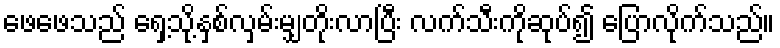
ဖေဖေသည် ရှေ့သို့နှစ်လှမ်းမျှတိုးလာပြီး လက်သီးကိုဆုပ်၍ ပြောလိုက်သည်။